Vaccination in Bombay 1913-1923 - 1913-1923
Year: 1913
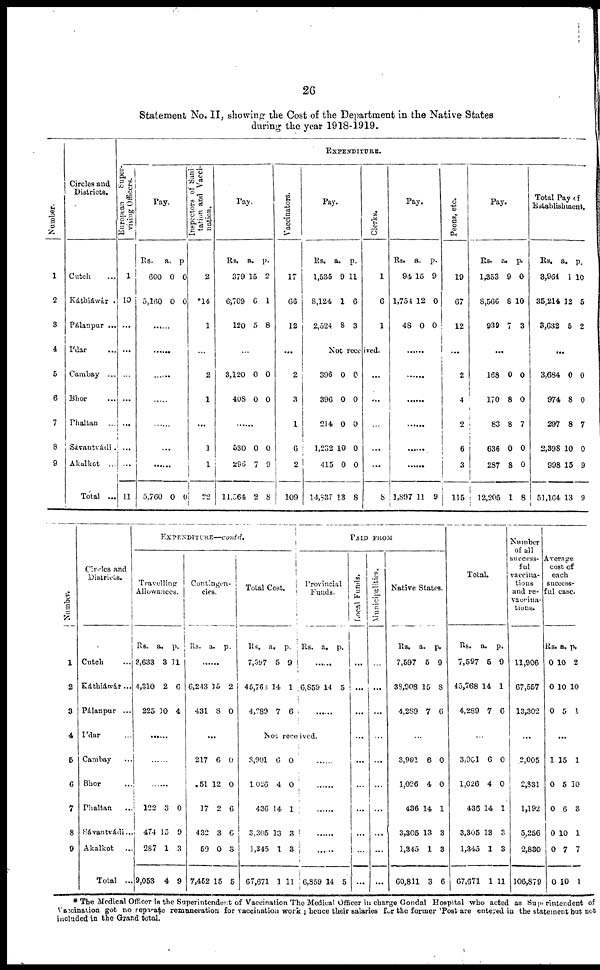
26
Statement No. II, showing the Cost of the Department in the Native States
during the year 1918-1919.
Number.
1
2
3
4
5
6
7
8
9
Circles and
Districts.
Cutch ...
Káthiawár .
Pálanpur ...
Ídar ...
Cambay ...
Bhor ...
Phaltan ...
Sávantvádi .
Akalkot ...
Total ...
EXPENDITURE.
European
Super-
vising Officers.
1
10
...
...
...
...
...
...
...
11
Pay.
Rs.
600
5,160
a.
0
0
p.
0
0
......
......
......
......
......
...
......
5,760 0
0
Inspectors of Sani-
tation and Vacci-
nation.
2
*14
1
...
2
1
...
1
1
22
Pay.
Rs.
379
6,709
120
a.
15
6
5
p.
2
1
8
...
3,120
408
0
0
0
0
......
530
296
11,564
0
7
2
0
9
8
Vaccinators.
17
66
12
...
2
3
1
6
2
109
Pay.
Rs.
1,535
8,124
2,524
a.
9
1
8
p.
11
6
3
Clerks.
1
6
1
Not received.
396
396
214
1,232
415
14,837
0
0
0
10
0
13
0
0
0
0
0
8
...
...
...
...
...
8
Pay.
Rs.
94
1,754
48
a.
15
12
0
p.
9
0
0
......
......
......
......
......
......
1,897 11 9
Peons, etc.
19
67
12
...
2
4
2
6
3
115
Pay.
RS.
1,353
8,566
939
a.
9
8
7
p.
0
10
3
...
168
170
83
636
287
12,205
0
8
8
0
8
1
0
0
7
0
0
8
Total Pay of
Establishment.
Rs.
3,964
35,214
3,632
a.
1
12
5
p.
10
5
2
...
3,684
974
297
2,398
998
51,164
0
8
8
10
15
13
0
0
7
0
9
9
Number.
1
2
3
4
5
6
7
8
9
Circles and
Districts.
Cutch ...
Káthiáwár...
Pálanpur ...
Ídar ...
Cambay ...
Bhor ...
Phaltan ...
Sávantvádi ...
Akalkot ...
Total ...
EXPENDITURE—contd.
Travelling
Allowances.
Rs.
3,633
4,310
225
a.
3
2
10
p.
11
6
4
......
......
1
122
474
287
9,053
3
15
1
4
0
9
3
9
Contingen-
cies.
Rs. a. p.
......
6,243
431
15
8
2
0
...
217
51
17
432
59
7,452
6
12
2
3
0
15
0
0
6
6
3
5
Total Cost.
Rs.
7,597
45,760
4,289
a.
5
14
7
p.
9
1
6
PAID FROM
Provincial
Funds.
Rs. a. p.
......
6,859 14 5
......
Not received.
3,901
1,026
436
3,305
1,345
67,671
6
4
14
13
1
1
0
0
1
3
3
11
......
......
......
......
......
6,859 14 5
Local Funds.
...
...
...
...
...
...
...
...
...
...
Municipalities.
...
...
...
...
...
...
...
...
...
...
Native States.
Rs.
7,597
38,908
4,289
a.
5
15
7
p.
9
8
6
......
3,901
1,026
436
3,305
1,345
60,811
6
4
14
13
1
3
0
0
1
3
3
6
Total.
Rs.
7,597
45,768
4,289
a.
5
14
7
p.
9
1
6
......
3,901
1,026
436
3,305
1,345
67,671
6
4
14
13
1
1
0
0
1
3
3
11
Number
of all
success-
ful
vaccina-
tions
and re-
vaccina-
tions.
11,906
67,557
13,302
...
2,005
2,831
1,192
5,256
2,830
106,879
Average
cost of
each
success-
ful case.
Rs.
0
0
0
a.
10
10
5
p.
2
10
1
...
1
0
0
0
0
0
15
5
6
10
7
10
1
10
3
1
7
1
* The Medical Officer is the Superintendent of Vaccination The Medical Officer in charge Gondal Hospital who acted as Superintendent of
Vaccination got no separate remuneration for vaccination work ; hence their salaries for the former 'Post are entered in the statement but not
included in the Grand total.